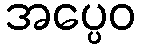
အပ္ပေဝ